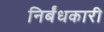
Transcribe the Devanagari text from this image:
निर्बंधकारी